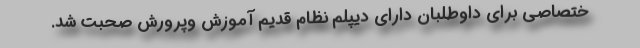
ختصاصی برای داوطلبان دارای دیپلم نظام قدیم آموزش وپرورش صحبت شد.